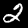
Label: 2